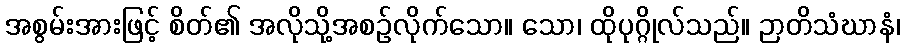
အစွမ်းအားဖြင့် စိတ်၏ အလိုသို့အစဉ်လိုက်သော။ သော၊ ထိုပုဂ္ဂိုလ်သည်။ ဉာတိသံဃာနံ၊